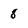
Character: 8